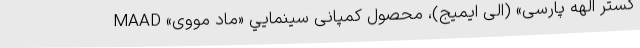
گستر الهه پارسی» (الی ایمیج)، محصول کمپانی سینمایي «ماد مووی» MAAD